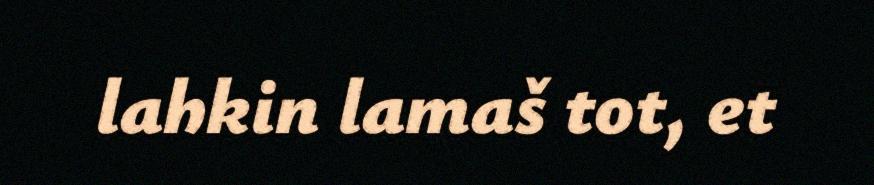
lahkin lamaš tot, et